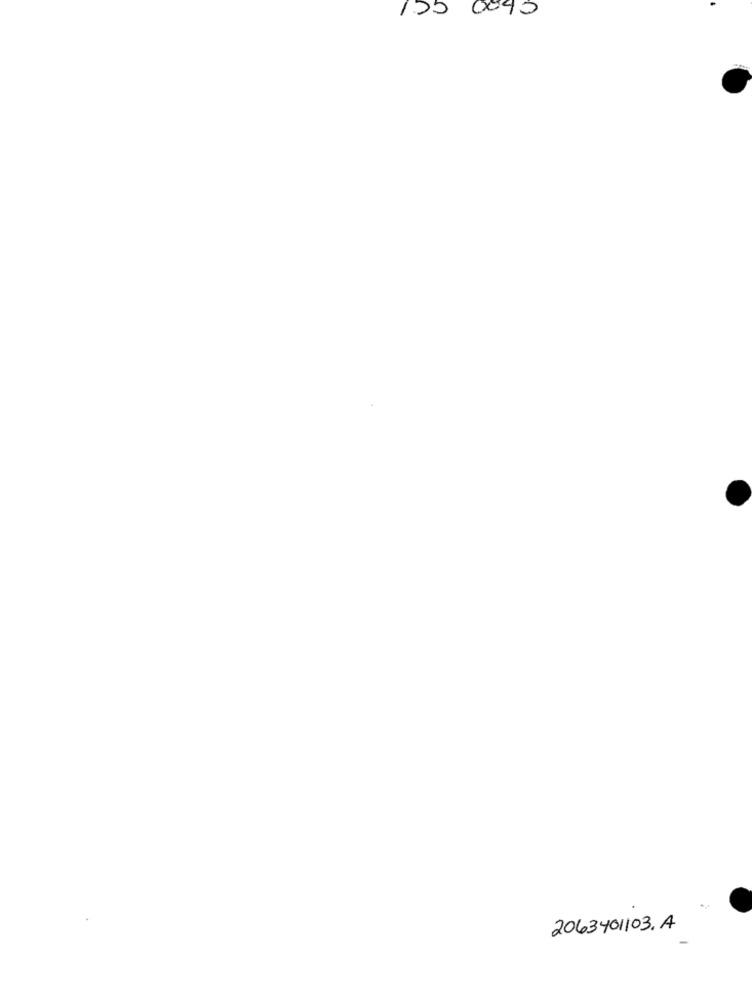
155 0040
2063401103. A